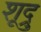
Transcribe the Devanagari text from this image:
शूद्रु